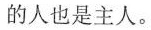
的人也是主人。